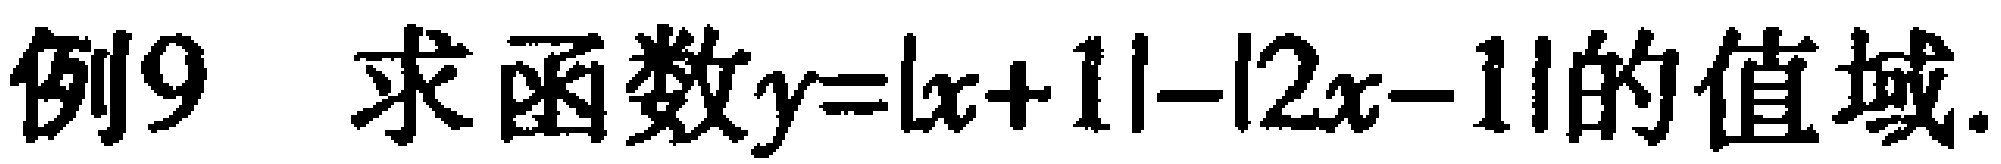
例9 求函数\(y = |x + 1| - |2x - 1|\)的值域.